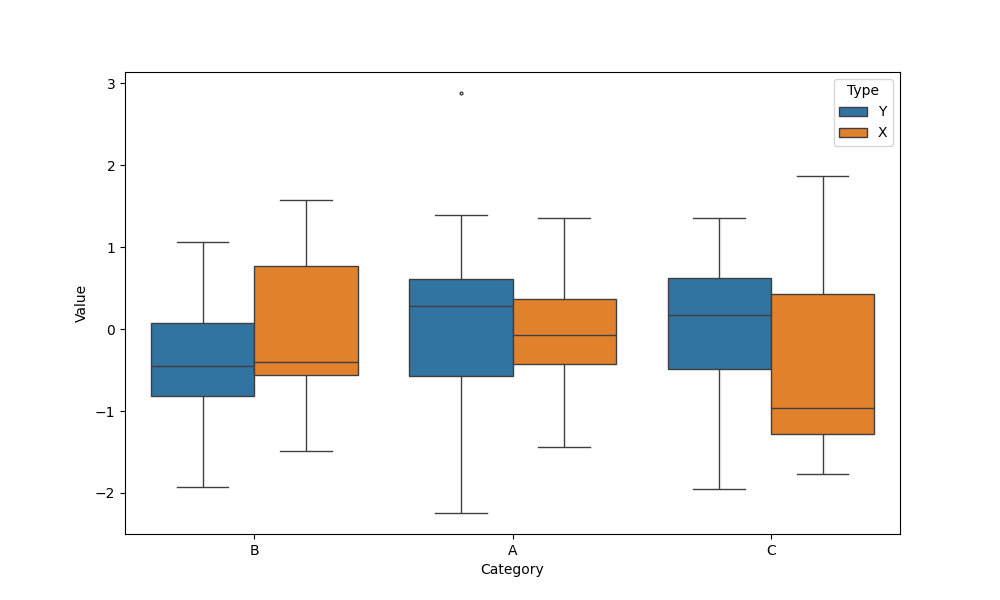
python, seaborn, boxplot, width=0.8, linewidth=1, fliersize=2, notch=False